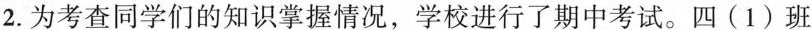
2.为考查同学们的知识掌握情况，学校进行了期中考试。四(1)班